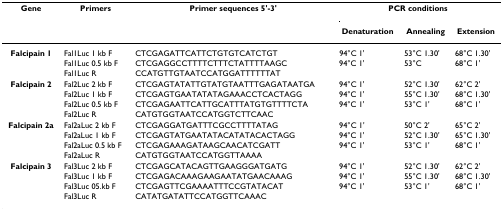
| Gene | Primers | Primer sequences 5'-3' | <COLSPAN=3> PCR conditions |
 |  |  |  | Denaturation | Annealing | Extension |
 | --- | --- | --- | --- | --- | --- |
 | Falcipain 1 | Fal1Luc 1 kb F | CTCGAGATTCATTCTGTGTCATCTGT | 94°C 1' | 53°C 1.30' | 68°C 1.30' |
 |  | Fal1Luc 0.5 kb F | CTCGAGGCCTTTTCTTTCTATTTTAAGC | 94°C 1' | 53°C | 68°C 1' |
 |  | Fal1Luc R | CCATGTTGTAATCCATGGATTTTTTAT |  |  |  |
 | Falcipain 2 | Fal2Luc 2 kb F | CTCGAGTATATTGTATGTAATTTGAGATAATGA | 94°C 1' | 52°C 1.30' | 62°C 2' |
 |  | Fal2Luc 1 kb F | CTCGAGTGAATATATAGAAACCTCACTAGG | 94°C 1' | 55°C 1.30' | 68°C 1.30' |
 |  | Fal2Luc 0.5 kb F | CTCGAGAATTCATTGCATTTATGTGTTTTCTA | 94°C 1' | 53°C 1' | 68°C 1' |
 |  | Fal2Luc R | CATGTGGTAATCCATGGTCTTCAAC |  |  |  |
 | Falcipain 2a | Fal2aLuc 2 kb F | CTCGAGGATGATTTCGCCTTTTATAG | 94°C 1' | 50°C 2' | 65°C 2' |
 |  | Fal2aLuc 1 kb F | CTCGAGTATGAATATACATATACACTAGG | 94°C 1' | 52°C 1.30' | 65°C 1.30' |
 |  | Fal2aLuc 0.5 kb F | CTCGAGAAAGATAAGCAACATCGATT | 94°C 1' | 53°C 1' | 68°C 1' |
 |  | Fal2aLuc R | CATGTGGTAATCCATGGTTAAAA |  |  |  |
 | Falcipain 3 | Fal3Luc 2 kb F | CTCGAGCATACAGTTGAAGGGATGATG | 94°C 1' | 52°C 1.30' | 62°C 2' |
 |  | Fal3Luc 1 kb F | CTCGAGACAAAGAAGAATATGAACAAAG | 94°C 1' | 55°C 1.30' | 68°C 1.30' |
 |  | Fal3Luc 05.kb F | CTCGAGTTCGAAAATTTCCGTATACAT | 94°C 1' | 53°C 1' | 68°C 1' |
 |  | Fal3Luc R | CATATGATATTCCATGGTTCAAAC |  |  |  |